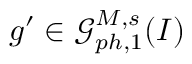
g ^ { \prime } \in \mathcal { G } _ { p h , 1 } ^ { M , s } ( I )